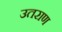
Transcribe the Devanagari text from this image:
उतराण